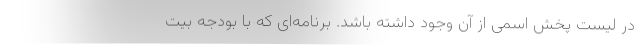
در لیست پخش اسمی از آن وجود داشته باشد. برنامه‌ای که با بودجه بیت